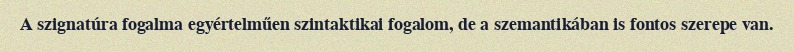
A szignatúra fogalma egyértelműen szintaktikai fogalom, de a szemantikában is fontos szerepe van.